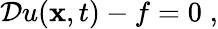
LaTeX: \mathcal{D}u({\mathbf x},t)-f=0\; ,